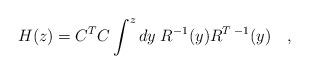
LaTeX: \begin{align*}H(z)=C^TC\int^z dy\;R^{-1}(y)R^{T\;-1}(y)\quad,\end{align*}